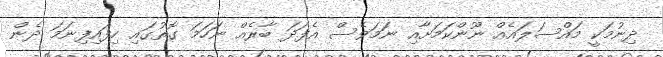
ދިނުމަކީ މައްސަލައެއް ނޫންކަމަށާއި ނަމަވެސް އެފަދަ ބާރެއް ނަހަމަ ގޮތުގައި ހިފައިފިނަމަ ދެން